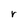
Character: r